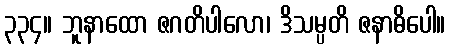
၃၃၄။ ဘူနာထော ဇဂတိပါလော၊ ဒိသမ္ပတိ ဇနာဓိပေါ။